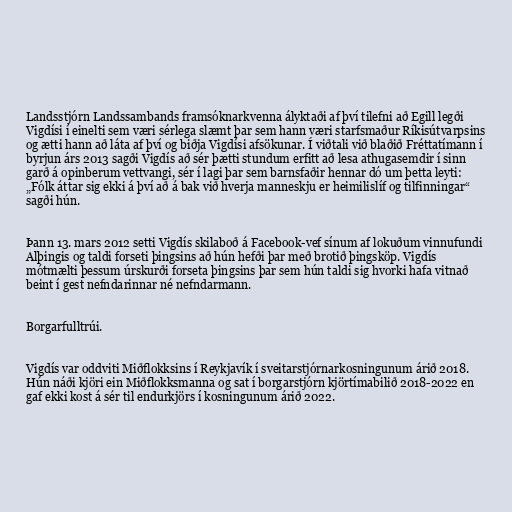
Landsstjórn Landssambands framsóknarkvenna ályktaði af því tilefni að Egill legði
Vigdísi í einelti sem væri sérlega slæmt þar sem hann væri starfsmaður Ríkisútvarpsins
og ætti hann að láta af því og biðja Vigdísi afsökunar. Í viðtali við blaðið Fréttatímann í
byrjun árs 2013 sagði Vigdís að sér þætti stundum erfitt að lesa athugasemdir í sinn
garð á opinberum vettvangi, sér í lagi þar sem barnsfaðir hennar dó um þetta leyti:
„Fólk áttar sig ekki á því að á bak við hverja manneskju er heimilislíf og tilfinningar“
sagði hún.

Þann 13. mars 2012 setti Vigdís skilaboð á Facebook-vef sínum af lokuðum vinnufundi
Alþingis og taldi forseti þingsins að hún hefði þar með brotið þingsköp. Vigdís
mótmælti þessum úrskurði forseta þingsins þar sem hún taldi sig hvorki hafa vitnað
beint í gest nefndarinnar né nefndarmann.

Borgarfulltrúi.

Vigdís var oddviti Miðflokksins í Reykjavík í sveitarstjórnarkosningunum árið 2018.
Hún náði kjöri ein Miðflokksmanna og sat í borgarstjórn kjörtímabilið 2018-2022 en
gaf ekki kost á sér til endurkjörs í kosningunum árið 2022.